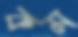
কম